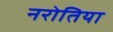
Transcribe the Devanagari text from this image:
नरोतिया